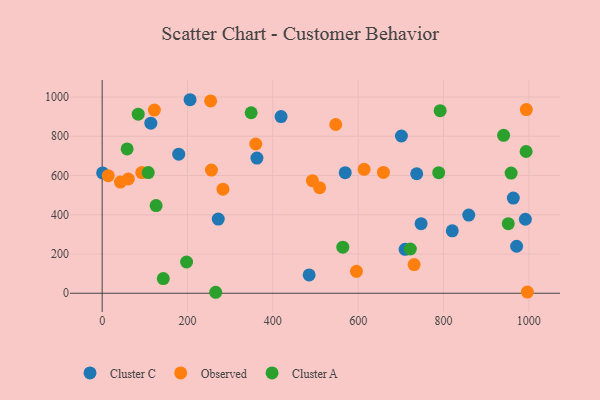
{"axis": {"x": "Speed", "y": "Sales"}, "legend": ["Cluster A", "Cluster C", "Observed"], "data": [{"x": "362.7", "y": 689.0, "type": "Cluster C"}, {"x": "485.1", "y": 93.3, "type": "Cluster C"}, {"x": "710.0", "y": 224.0, "type": "Cluster C"}, {"x": "206.0", "y": 986.4, "type": "Cluster C"}, {"x": "747.4", "y": 354.6, "type": "Cluster C"}, {"x": "419.3", "y": 900.5, "type": "Cluster C"}, {"x": "272.1", "y": 378.2, "type": "Cluster C"}, {"x": "820.5", "y": 318.2, "type": "Cluster C"}, {"x": "859.1", "y": 398.4, "type": "Cluster C"}, {"x": "1.1", "y": 613.2, "type": "Cluster C"}, {"x": "179.4", "y": 709.0, "type": "Cluster C"}, {"x": "963.5", "y": 484.9, "type": "Cluster C"}, {"x": "971.3", "y": 239.5, "type": "Cluster C"}, {"x": "991.8", "y": 377.1, "type": "Cluster C"}, {"x": "737.1", "y": 609.1, "type": "Cluster C"}, {"x": "701.3", "y": 801.4, "type": "Cluster C"}, {"x": "114.1", "y": 866.8, "type": "Cluster C"}, {"x": "569.6", "y": 614.3, "type": "Cluster C"}, {"x": "596.0", "y": 111.9, "type": "Observed"}, {"x": "92.9", "y": 614.9, "type": "Observed"}, {"x": "283.1", "y": 530.6, "type": "Observed"}, {"x": "659.1", "y": 615.6, "type": "Observed"}, {"x": "492.7", "y": 573.8, "type": "Observed"}, {"x": "613.9", "y": 631.7, "type": "Observed"}, {"x": "509.6", "y": 537.9, "type": "Observed"}, {"x": "256.1", "y": 627.9, "type": "Observed"}, {"x": "122.4", "y": 933.8, "type": "Observed"}, {"x": "731.1", "y": 145.9, "type": "Observed"}, {"x": "254.2", "y": 980.1, "type": "Observed"}, {"x": "360.0", "y": 760.8, "type": "Observed"}, {"x": "14.2", "y": 599.0, "type": "Observed"}, {"x": "994.0", "y": 936.2, "type": "Observed"}, {"x": "42.8", "y": 566.5, "type": "Observed"}, {"x": "547.4", "y": 860.2, "type": "Observed"}, {"x": "996.5", "y": 6.0, "type": "Observed"}, {"x": "61.3", "y": 582.2, "type": "Observed"}, {"x": "108.0", "y": 615.0, "type": "Cluster A"}, {"x": "722.2", "y": 225.4, "type": "Cluster A"}, {"x": "197.8", "y": 159.2, "type": "Cluster A"}, {"x": "266.1", "y": 4.9, "type": "Cluster A"}, {"x": "143.3", "y": 74.8, "type": "Cluster A"}, {"x": "951.7", "y": 354.8, "type": "Cluster A"}, {"x": "993.5", "y": 722.5, "type": "Cluster A"}, {"x": "564.0", "y": 234.8, "type": "Cluster A"}, {"x": "788.7", "y": 614.4, "type": "Cluster A"}, {"x": "940.8", "y": 804.8, "type": "Cluster A"}, {"x": "126.4", "y": 446.9, "type": "Cluster A"}, {"x": "958.4", "y": 612.5, "type": "Cluster A"}, {"x": "84.5", "y": 912.7, "type": "Cluster A"}, {"x": "792.1", "y": 930.4, "type": "Cluster A"}, {"x": "58.5", "y": 735.7, "type": "Cluster A"}, {"x": "349.2", "y": 920.1, "type": "Cluster A"}]}